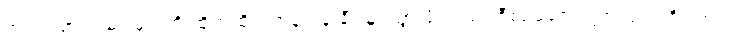
အားကစားသမားများကို ထိုက်ထိုက်တန်တန် ချီးမြှင့်သွားဖို့ လည်း စီစဉ်ဆောင်ရွက်လျက် ရှိပါတယ်။